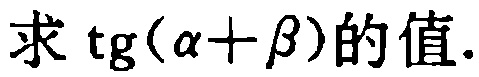
求\(\mathrm{tg}(\alpha + \beta)\)的值.